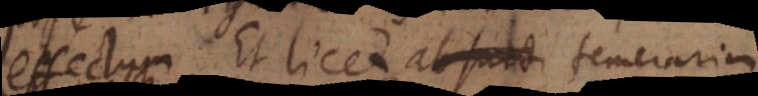
effectum. Et licet absurd temerari